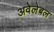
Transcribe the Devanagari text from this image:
अवेलेबल